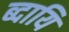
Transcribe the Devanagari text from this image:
ब्दायि